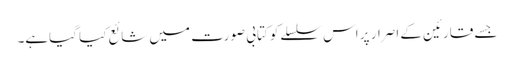
جسے قارئین کے اصرار پر اس سلسلےکو کتابی صورت میں شائع کیا گیاہے۔